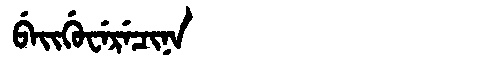
Manchu: ᠪᡝᡳᡤᡠᠸᡝᡵᡝᠴᡳᠨᠠ
Romanization: BEIGUWERECINA